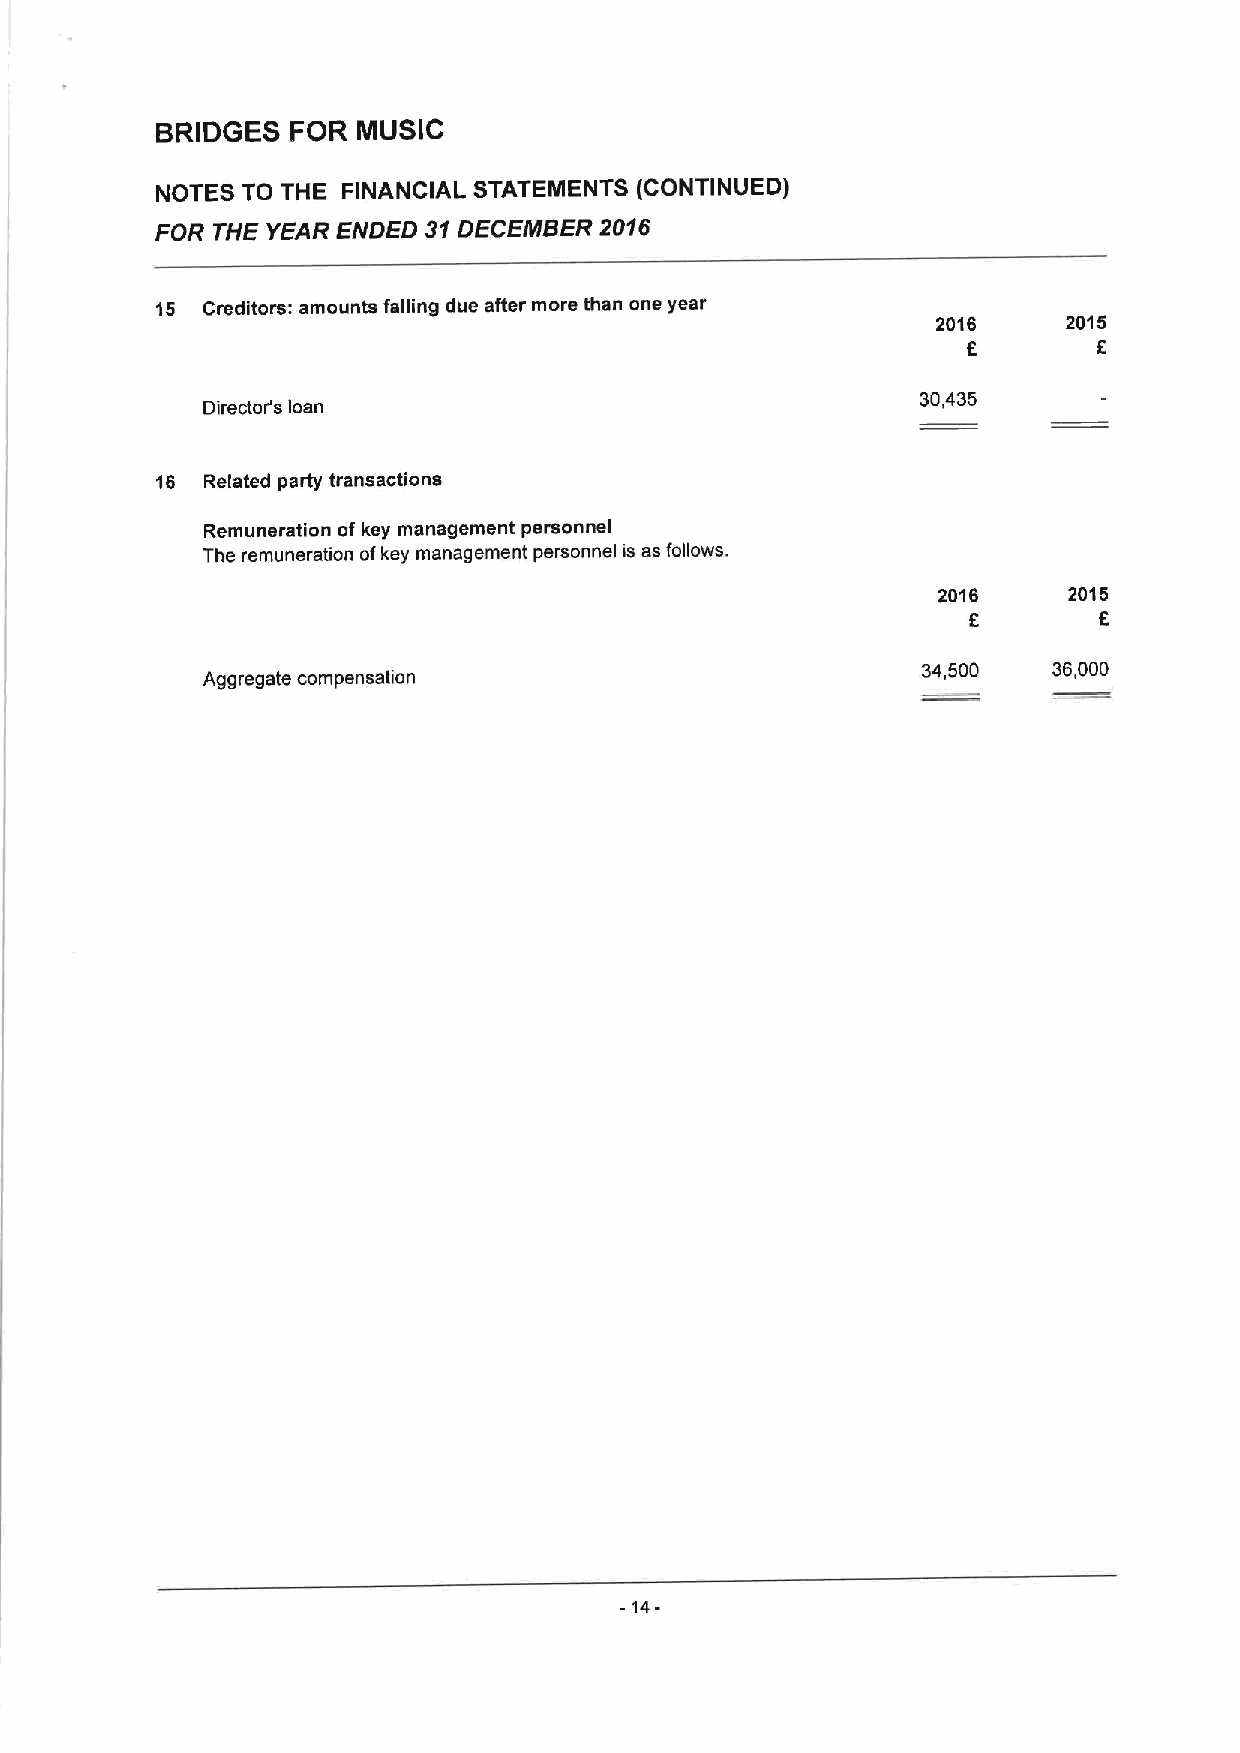
BRIDGES  FOR  MUSIC
 NOTES TO THE FINANCIAL STATEMENTS (CONTINUED)
 FOR THE YEAR ENDED 31DECEMBER 2016
 15 Creditors: amounts falling due after more than one year
 2016     2015
 E        E
 30,435
 Director's loan
 16  Related party transactions
 Remuneration of key management personnel
 The remuneration ofkey management personnel is as follows.
 2016     2015
 E        E
 34,500   36,000
 Aggregate compensation
 -14-